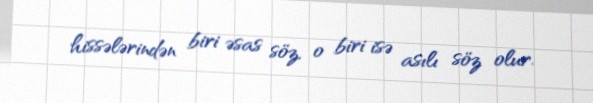
hissələrindən biri əsas söz, o biri isə asılı söz olur.